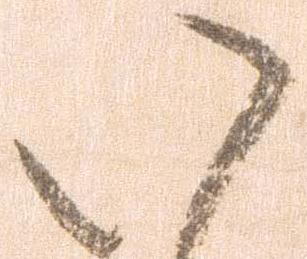
い